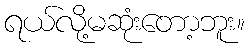
ရယ်လို့မဆုံးတော့ဘူး။